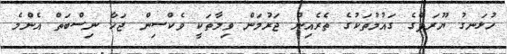
ހުޅަނގު ޔޫރަޕްގެ ގައުމުތަކުގެ ތެރެއިން ޖަރުމަން ވިލާތަކީ ވެކްސިން ޖަހާ ނިސްބަތް އެންމެ